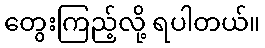
တွေးကြည့်လို့ ရပါတယ်။